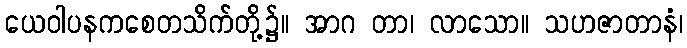
ယေဝါပနကစေတသိက်တို့၌။ အာဂ တာ၊ လာသော။ သဟဇာတာနံ၊